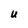
Character: U